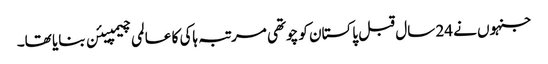
جنہوں نے 24 سال قبل پاکستان کو چوتھی مرتبہ ہاکی کا عالمی چیمپیئن بنایا تھا۔